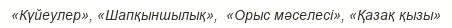
«Күйеулер», «Шапқыншылық»,  «Орыс мәселесі», «Қазақ қызы»